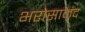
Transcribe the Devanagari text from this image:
भरोसामंद